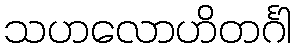
သဟလောဟိတင်္ဂါ